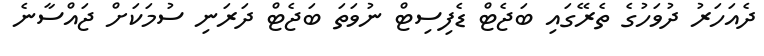
ދެއަހަރު ދުވަހުގެ ތެރޭގައި ބަޖެޓް ޑެފިސިޓް ނުވަތަ ބަޖެޓް ދަރަނި ސުމަކަށް ޖައްސާނެ